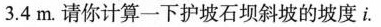
3.4m。请你计算一下护坡石坝斜坡的坡度i。